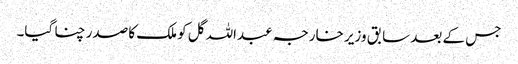
جس کے بعد سابق وزیر خارجہ عبداللہ گل کو ملک کا صدر چنا گیا۔